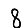
Digit: 8